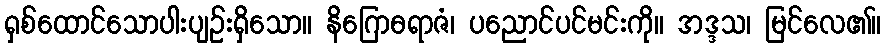
ရှစ်ထောင်သောပါးပျဉ်းရှိသော။ နိဂြောဓရာဇံ၊ ပညောင်ပင်မင်းကို။ အဒ္ဒသ၊ မြင်လေ၏။